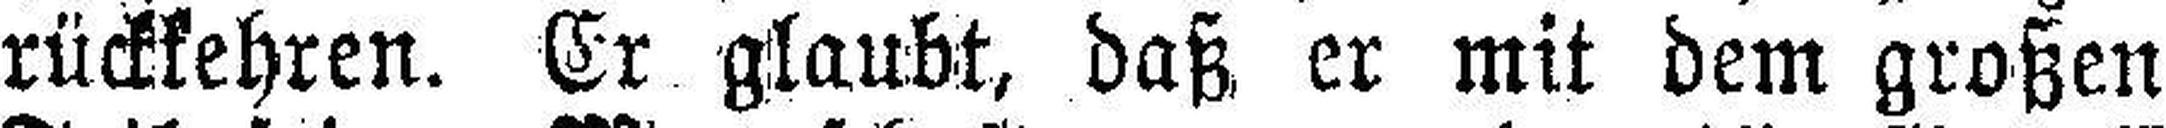
rückkehren. Er glaubt, daß er mit dem großen